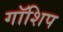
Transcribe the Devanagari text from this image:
गॉशिप